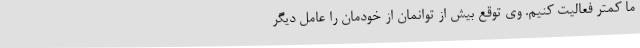
ما کمتر فعالیت کنیم. وی توقع بیش از توانمان از خودمان را عامل دیگر